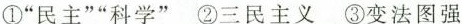
①”民主””科学”②三民主义③变法图强